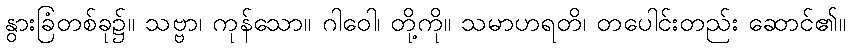
နွားခြံတစ်ခု၌။ သဗ္ဗာ၊ ကုန်သော။ ဂါဝေါ၊ တို့ကို။ သမာဟရတိ၊ တပေါင်းတည်း ဆောင်၏။